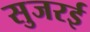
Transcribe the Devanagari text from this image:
सुजरई